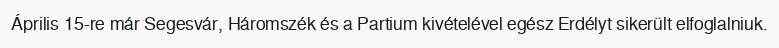
Április 15-re már Segesvár, Háromszék és a Partium kivételével egész Erdélyt sikerült elfoglalniuk.